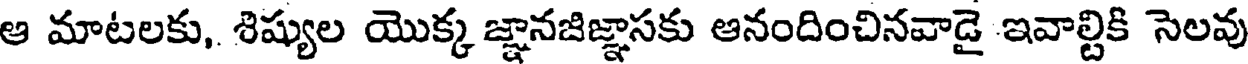
ఆ మాటలకు, శిష్యుల యొక్క జ్ఞానజిజ్ఞాసకు ఆనందించినవాడై ఇవాల్టికి సెలవు